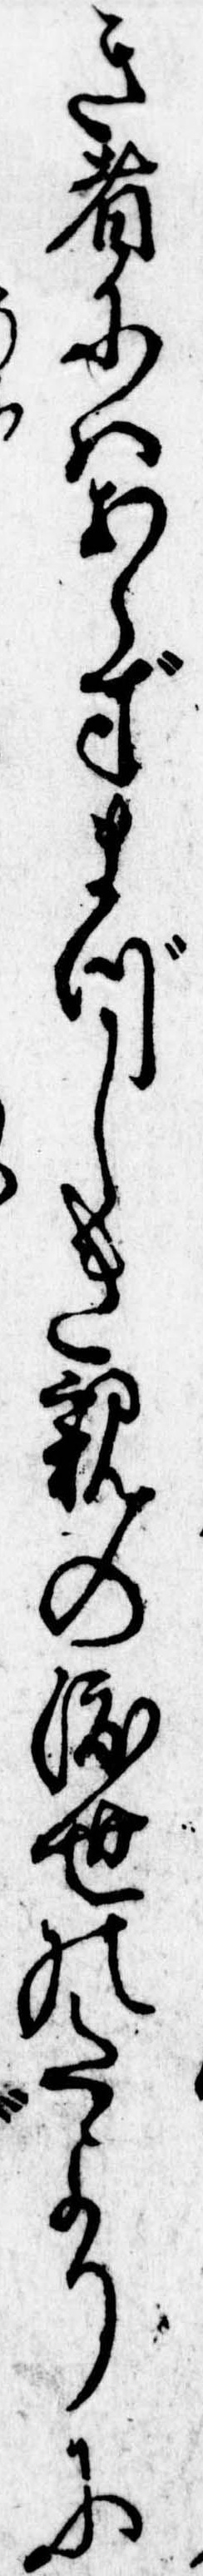
き者にはあらずまづしき親の渡世のたよりに